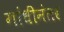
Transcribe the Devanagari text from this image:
गांधींनंतर